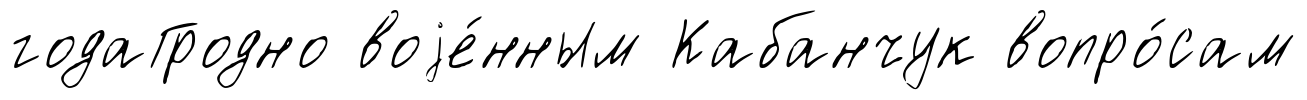
годаГродно воjе́нным Кабанчук вопро́сам